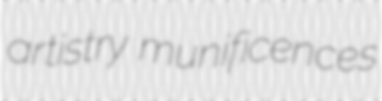
artistry munificences